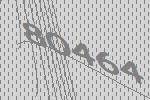
80464